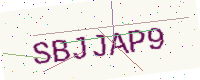
Text: SBJJAP9